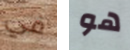
في هو